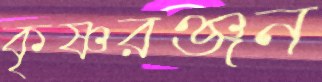
কৃষ্ণরঞ্জন